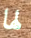
لها